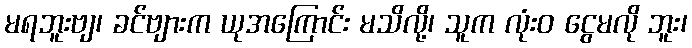
မရဘူးဗျ၊ ခင်ဗျားက ယုအကြောင်း မသိလို့၊ သူက လုံးဝ ငွေမလို ဘူး၊